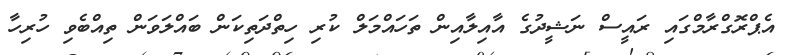
އެޕްރޮގްރާމްގައި ރައީސް ނަޝީދުގެ އާއިލާއިން ތަހައްމަލް ކުރި ހިތްދަތިކަން ބައްލަވަން ތިއްބެވި ހުރިހާ